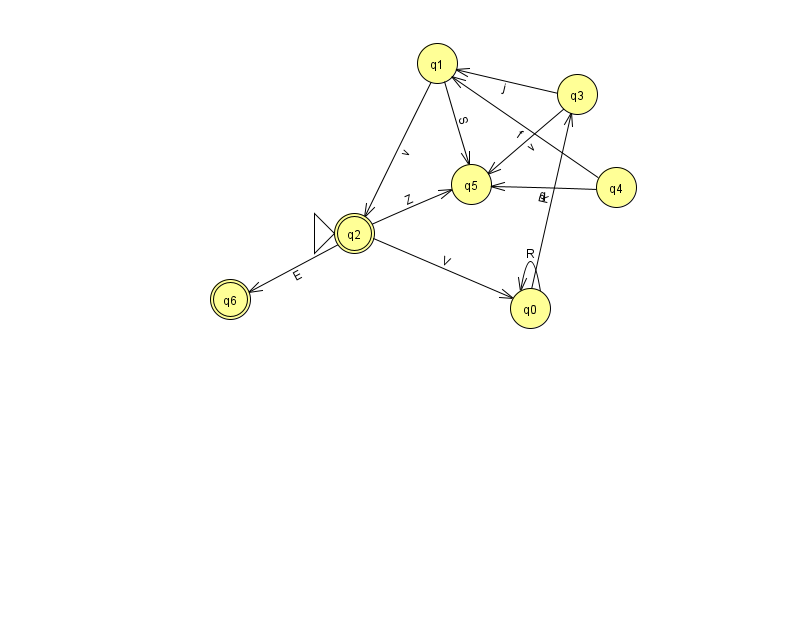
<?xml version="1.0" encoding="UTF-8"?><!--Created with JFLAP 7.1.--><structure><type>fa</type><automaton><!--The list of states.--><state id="0" name="q0"><x>530.0</x><y>295.0</y></state><state id="1" name="q1"><x>437.0</x><y>50.0</y></state><state id="2" name="q2"><x>354.0</x><y>220.0</y><initial/><final/></state><state id="3" name="q3"><x>577.0</x><y>81.0</y></state><state id="4" name="q4"><x>616.0</x><y>174.0</y></state><state id="5" name="q5"><x>471.0</x><y>171.0</y></state><state id="6" name="q6"><x>230.0</x><y>286.0</y><final/></state><!--The list of transitions.--><transition><from>0</from><to>0</to><read>R</read></transition><transition><from>0</from><to>3</to><read>R</read></transition><transition><from>1</from><to>2</to><read>v</read></transition><transition><from>1</from><to>5</to><read>S</read></transition><transition><from>3</from><to>1</to><read>j</read></transition><transition><from>2</from><to>0</to><read>V</read></transition><transition><from>4</from><to>1</to><read>f</read></transition><transition><from>4</from><to>5</to><read>q</read></transition><transition><from>3</from><to>5</to><read>v</read></transition><transition><from>2</from><to>5</to><read>Z</read></transition><transition><from>2</from><to>6</to><read>E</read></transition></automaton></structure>